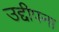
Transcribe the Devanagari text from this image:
उद्दीपना